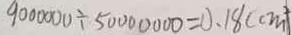
9 0 0 0 0 0 0 \div 5 0 0 0 0 0 0 0 = 0 . 1 8 ( c m ^ { 2 } )